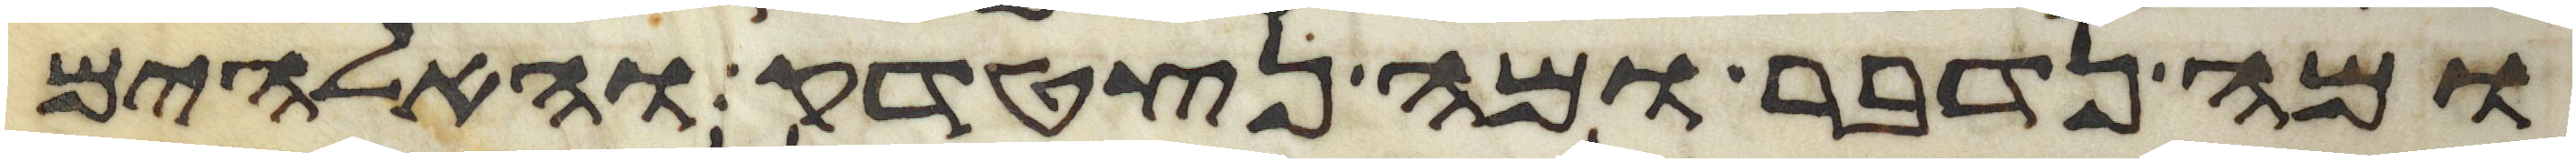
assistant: ומה נדבר ומה נצטדק והאלהים